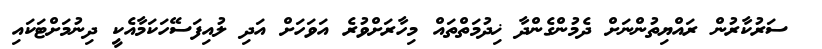
ސަރުކާރުން ރައްޔިތުންނަށް ދެމުންގެންދާ ޚިދުމަތްތައް މިހާރަށްވުރެ އަވަހަށް އަދި ލުއިފަސޭހަކަމާއެކީ ދިނުމަށްޓަކައި